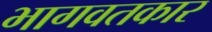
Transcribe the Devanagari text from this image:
भागवतकार